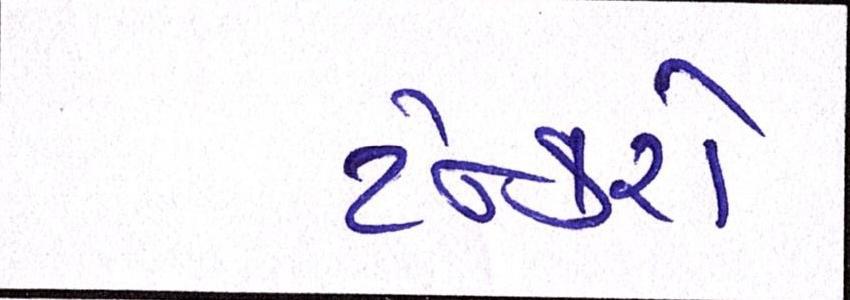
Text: ટેન્કરો